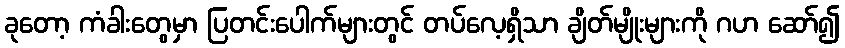
ခုတော့ ကံခါးတွေမှာ ပြတင်းပေါက်များတွင် တပ်လေ့ရှိသာ ချိတ်မျိုးများကို ဂဟ ဆော်၍